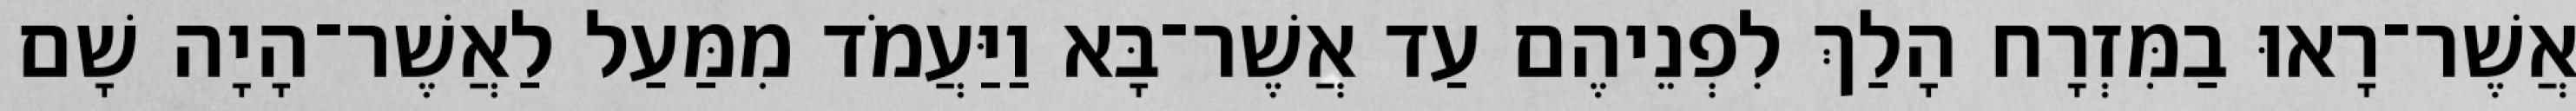
אֲשֶׁר־רָאוּ בַמִּזְרָח הָלַךְ לִפְנֵיהֶם עַד אֲשֶׁר־בָּא וַיַּעֲמֹד מִמַּעַל לַאֲשֶׁר־הָיָה שָׁם